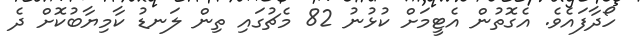
ހޯދާފައެވެ. އެގޮތުން އެޓީމަށް ކުޅުނު 82 މެޗުގައި ތިން ލަނޑު ކާމިޔާބުކޮށް ދެ